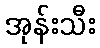
အုန်းသီး